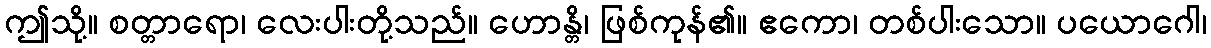
ဤသို့။ စတ္တာရော၊ လေးပါးတို့သည်။ ဟောန္တိ၊ ဖြစ်ကုန်၏။ ဧကော၊ တစ်ပါးသော။ ပယောဂေါ၊